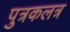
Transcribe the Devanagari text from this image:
पुत्रकलत्र